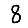
Digit: 8